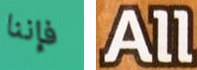
فإننا All